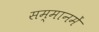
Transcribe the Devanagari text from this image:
सम्मानमें